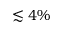
\lesssim 4 \%